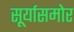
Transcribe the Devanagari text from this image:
सूर्यासमोर